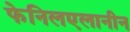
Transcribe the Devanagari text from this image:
फेनिलएलानीन